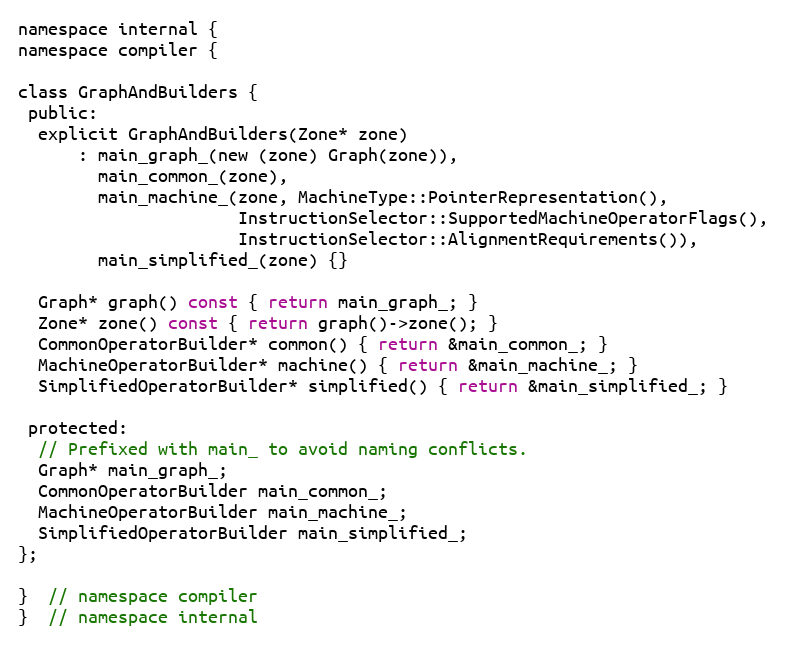
Language: C
namespace internal {
namespace compiler {

class GraphAndBuilders {
 public:
  explicit GraphAndBuilders(Zone* zone)
      : main_graph_(new (zone) Graph(zone)),
        main_common_(zone),
        main_machine_(zone, MachineType::PointerRepresentation(),
                      InstructionSelector::SupportedMachineOperatorFlags(),
                      InstructionSelector::AlignmentRequirements()),
        main_simplified_(zone) {}

  Graph* graph() const { return main_graph_; }
  Zone* zone() const { return graph()->zone(); }
  CommonOperatorBuilder* common() { return &main_common_; }
  MachineOperatorBuilder* machine() { return &main_machine_; }
  SimplifiedOperatorBuilder* simplified() { return &main_simplified_; }

 protected:
  // Prefixed with main_ to avoid naming conflicts.
  Graph* main_graph_;
  CommonOperatorBuilder main_common_;
  MachineOperatorBuilder main_machine_;
  SimplifiedOperatorBuilder main_simplified_;
};

}  // namespace compiler
}  // namespace internal